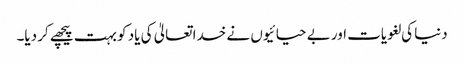
دنیا کی لغویات اور بے حیائیوں نے خدا تعالیٰ کی یاد کو بہت پیچھے کر دیا۔